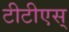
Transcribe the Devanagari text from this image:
टीटीएस्